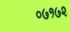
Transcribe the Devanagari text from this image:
०७१७२